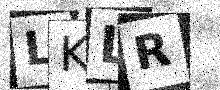
Text: LKLR